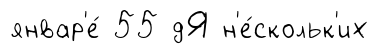
январ'е́ 55 дЯ н'е́скольк'их